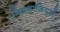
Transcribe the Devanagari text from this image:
जिमनाज़ियमों